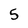
Character: 5